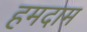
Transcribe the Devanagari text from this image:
हमदाम